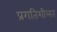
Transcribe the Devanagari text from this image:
प्रगतिशीलत